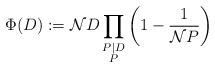
LaTeX: \begin{align*}\Phi(D) := \mathcal{N}D \prod_{\substack{P\mid D \\ P }}\left(1 - \frac{1}{\mathcal{N}P}\right)\end{align*}